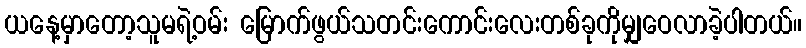
ယနေ့မှာတော့သူမရဲ့ဝမ်း မြောက်ဖွယ်သတင်းကောင်းလေးတစ်ခုကိုမျှဝေလာခဲ့ပါတယ်။